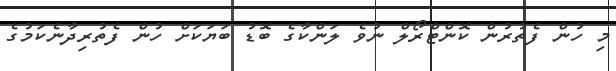
މި ހުން ފެތުރުން ކޮންޓްރޯލް ނުވެ ލަންކާގެ ބޮޑު ބަޔަކަށް ހުން ފެތުރިދާނެކަމުގެ